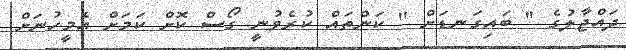
ދައްޖާލުގެ '' ބައިގަނޑަށް '' ކަންތައް ކުރެވުނީ ގޯސް ކޮށް ކަމަށް އެމީހުނަށް